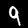
Label: 9